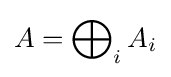
A=\bigoplus \nolimits _{i}A_{i}